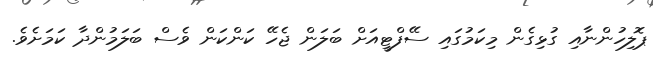
ޕޮލިހުންނާއި ގުޅިގެން މިކަމުގައި ސޭފްޓީއަށް ބަލަން ޖެހޭ ކަންކަން ވެސް ބަލަމުންދާ ކަމަށެވެ.